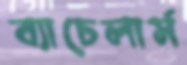
ব্যাচেলার্স